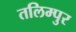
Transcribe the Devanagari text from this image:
तलिम्पुर